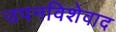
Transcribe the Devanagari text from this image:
उपनविशेवाद